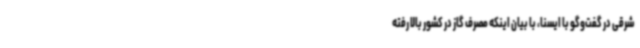
شرقی در گفت‌وگو با ایسنا، با بیان اینکه مصرف گاز در کشور بالا رفته